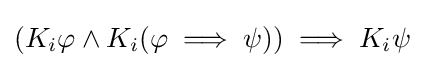
(K_{i}\varphi \land K_{i}(\varphi \implies \psi ))\implies K_{i}\psi